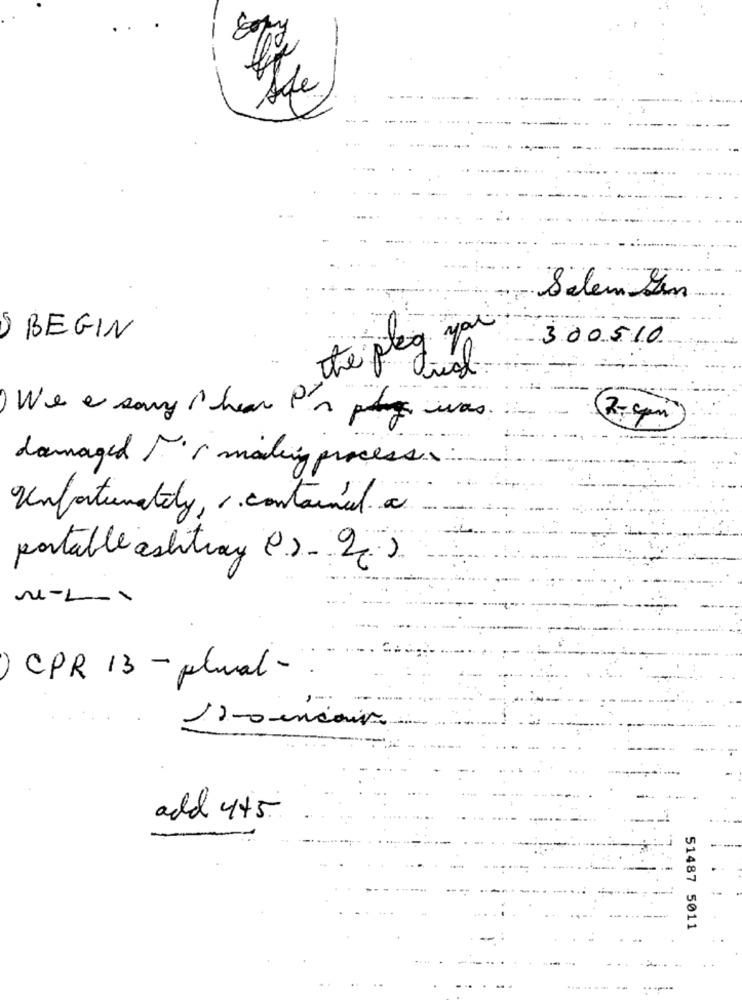
..
Afe
Salem Sem
the play you
BEGIN
...
300510
We e sony i hear P 's plug was.
damaged For making process.
Unfortunately, s. contained a.
portable ashtray (.)- 2).
N-1-1
CPR 13 - plual-
11-0 encours
add 445
51487 5011